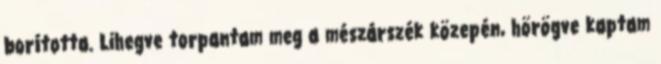
borította. Lihegve torpantam meg a mészárszék közepén, hörögve kaptam